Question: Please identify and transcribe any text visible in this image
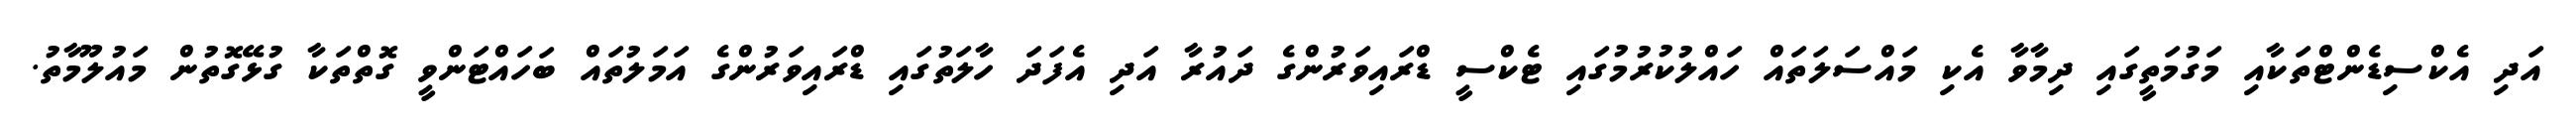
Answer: އަދި އެކްސިޑެންޓްތަކާއި މަގުމަތީގައި ދިމާވާ އެކި މައްސަލަތައް ހައްލުކުރުމުގައި ޓެކްސީ ޑްރައިވަރުންގެ ދައުރާ އަދި އެފަދަ ހާލަތުގައި ޑްރައިވަރުންގެ އަމަލުތައް ބަހައްޓަންވީ ގޮތްތަކާ ގުޅޭގޮތުން މައުލޫމާތު.